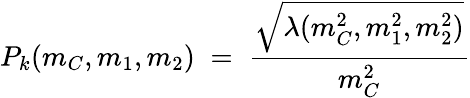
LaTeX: P_{k}(m_{C},m_{1},m_{2})\; =\; \frac{\sqrt{\lambda(m_{C}^{2},m_{1}^{2},m_{2}^{2})}}{m_{C}^{2}}